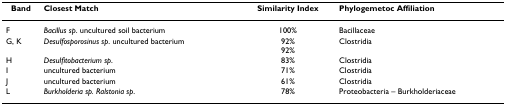
<table><thead><tr><td><b>Band</b></td><td><b>Closest Match</b></td><td><b>Similarity Index</b></td><td><b>Phylogemetoc Affiliation</b></td></tr></thead><tbody><tr><td>F</td><td><i>Bacillus sp</i>. uncultured soil bacterium</td><td>100%</td><td>Bacillaceae</td></tr><tr><td>G, K</td><td><i>Desulfosporosinus sp</i>. uncultured bacterium</td><td>92%92%</td><td>Clostridia</td></tr><tr><td>H</td><td><i>Desulfitobacterium sp</i>.</td><td>83%</td><td>Clostridia</td></tr><tr><td>I</td><td>uncultured bacterium</td><td>71%</td><td>Clostridia</td></tr><tr><td>J</td><td>uncultured bacterium</td><td>61%</td><td>Clostridia</td></tr><tr><td>L</td><td><i>Burkholderia sp. Ralstonia sp</i>.</td><td>78%</td><td>Proteobacteria – Burkholderiaceae</td></tr></tbody></table>